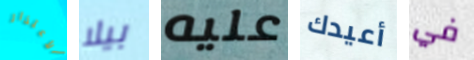
الأعتذار بيلا عليه أعيدك في